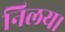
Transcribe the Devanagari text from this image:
निलय।